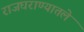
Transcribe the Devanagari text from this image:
राजघराण्यातले